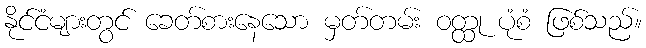
နိုင်ငံများတွင် ခေတ်စားနေသော မှတ်တမ်း ဝတ္ထု ပုံစံ ဖြစ်သည်။